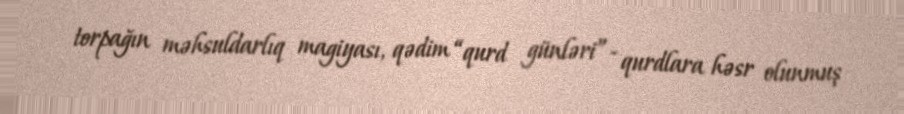
torpağın məhsuldarlıq magiyası, qədim “qurd günləri”- qurdlara həsr olunmuş